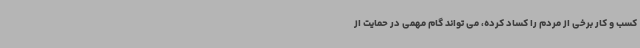
کسب و کار برخی از مردم را کساد کرده، می تواند گام مهمی در حمایت از